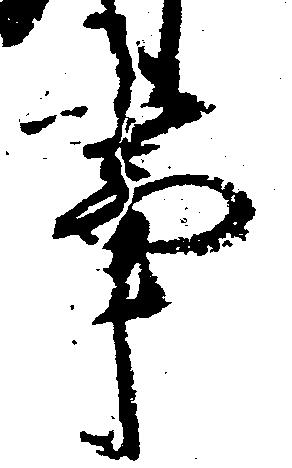
事